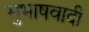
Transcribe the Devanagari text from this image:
सुभाषवादी